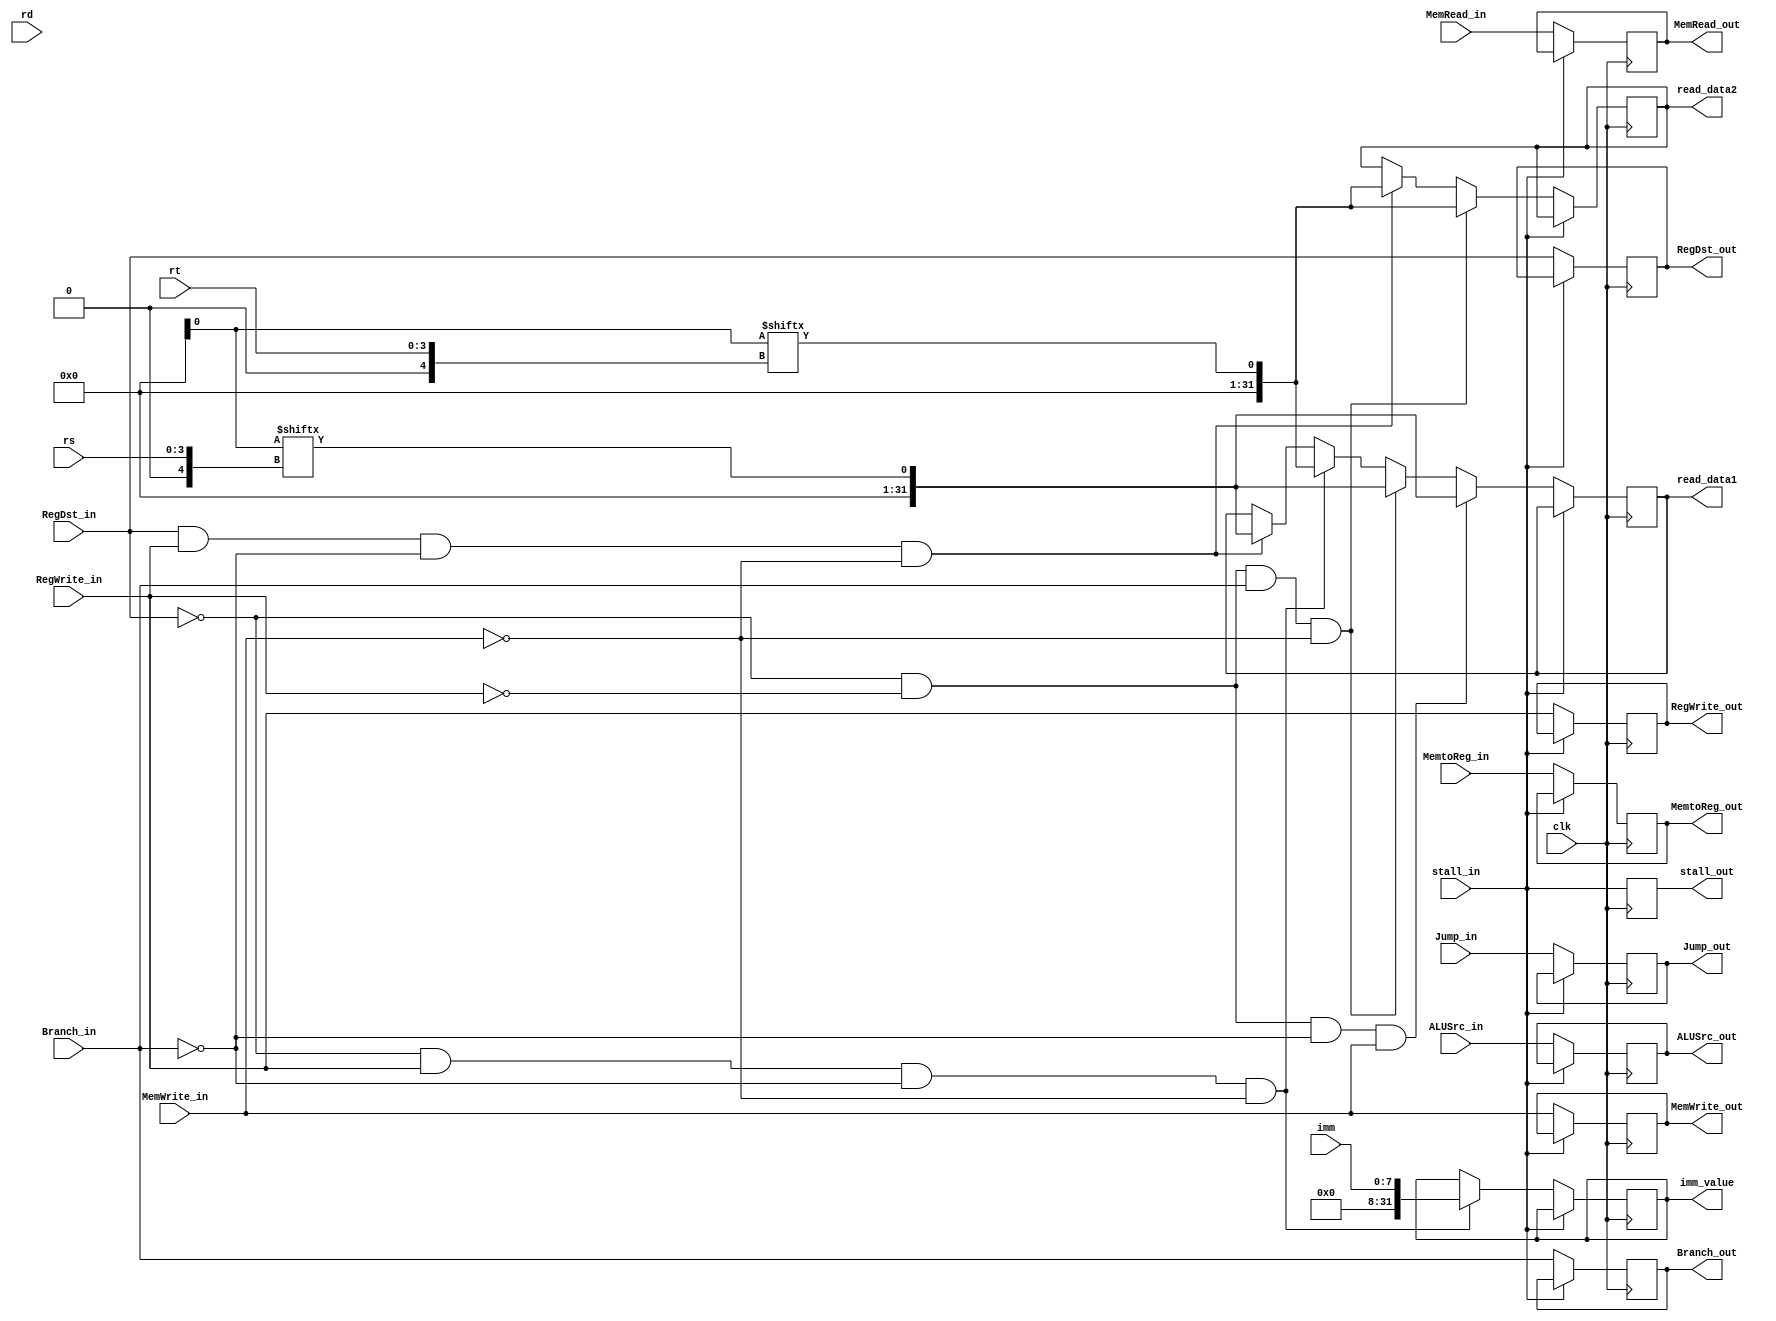
module Register(
    input clk,
    input [3:0] rs,
    input [3:0] rt,
    input [3:0] rd,
    input [7:0] imm,
    input stall_in, RegDst_in, Jump_in, Branch_in, MemRead_in, MemtoReg_in, MemWrite_in, ALUSrc_in, RegWrite_in,
    output reg stall_out, RegDst_out, Jump_out, Branch_out, MemRead_out, MemtoReg_out, MemWrite_out, ALUSrc_out, RegWrite_out,
    output integer read_data1,
    output integer read_data2,
    output integer imm_value
);

    integer rs_index=0;
    integer i=0;
    integer rt_index=0;

    always @(posedge clk ) begin
        #7
        stall_out = stall_in;
        if(!stall_in) begin
            RegDst_out = RegDst_in;
            Jump_out = Jump_in;
            Branch_out = Branch_in;
            MemRead_out = MemRead_in;
            MemtoReg_out = MemtoReg_in;
            MemWrite_out = MemWrite_in;
            ALUSrc_out = ALUSrc_in;
            RegWrite_out = RegWrite_in;
            if(RegDst_in && RegWrite_in && !Branch_in && !MemWrite_in)
            begin
                rs_index = rs;
                read_data1=Registers_glb.Registers[rs_index];
                rt_index = rt;
                read_data2=Registers_glb.Registers[rt_index];
            end

            if(!RegDst_in && RegWrite_in && !Branch_in && !MemWrite_in)
            begin
                rs_index = rs;
                rt_index = rt;
                read_data1=Registers_glb.Registers[rt_index];
                imm_value = imm;
            end

            if(!RegDst_in && !RegWrite_in && Branch_in && !MemWrite_in)
            begin
                rs_index = rs;
                read_data1=Registers_glb.Registers[rs_index];
                rt_index = rt;
                read_data2=Registers_glb.Registers[rt_index];
            end

            if(!RegDst_in && !RegWrite_in && !Branch_in && MemWrite_in)
            begin                          
                rs_index = rs;
                read_data1 = Registers_glb.Registers[rs_index];
            end
        end
    end
endmodule